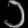
Digit: ၁